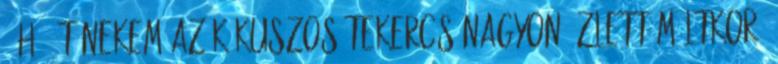
- Hááát nekem az kókuszos tekercs nagyon ízlett múltkor.